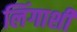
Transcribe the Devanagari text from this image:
लिंगाशी